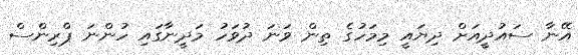
އޭނާ ސައުދީއަށް ދިޔައީ މިމަހުގެ ތިން ވަނަ ދުވަހު މަދީނާގައި ހުންނަ ޕްރިންސް